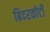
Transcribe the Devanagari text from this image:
बिदरकोटी